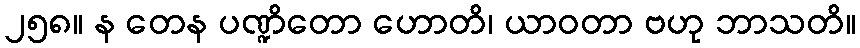
၂၅၈။ န တေန ပဏ္ဍိတော ဟောတိ၊ ယာဝတာ ဗဟု ဘာသတိ။